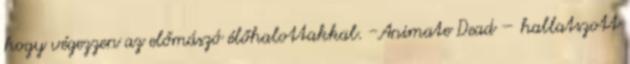
hogy végezzen az előmászó élőhalottakkal. -Animate Dead – hallatszott